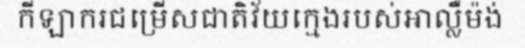
កីឡាករជម្រើសជាតិវ័យក្មេងរបស់អាល្លឺម៉ង់